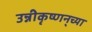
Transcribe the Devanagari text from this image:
उन्नीकृष्णन्‌च्या